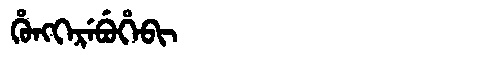
Manchu: ᡥᡠᠩᡴᡝᡵᡝᠪᡠᡥᡝᠪᡳ
Romanization: HUNGKEREBUHEBI